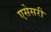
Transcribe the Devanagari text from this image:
एसेसरी